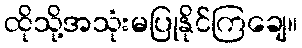
ထိုသို့အသုံးမပြုနိုင်ကြချေ။